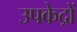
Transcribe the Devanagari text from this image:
उपकेद्रों